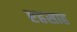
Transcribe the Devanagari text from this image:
एहसाह